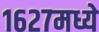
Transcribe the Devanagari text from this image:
१६२७मध्ये